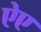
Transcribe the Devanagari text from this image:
ऐए